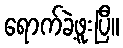
ရောက်ခဲ့ဖူးပြီ။